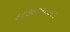
૯૮૭૯૭૬૮૭૨૨